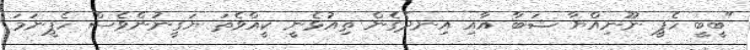
"ބީބީ ހެޕީ ނޫނިއްޔާ ޝަބާ އާއި އިނދެގެން ތިއުޅެނީ ކީއްވެތަ ޔަގީނުންވެސް ހެޕީނަމަ